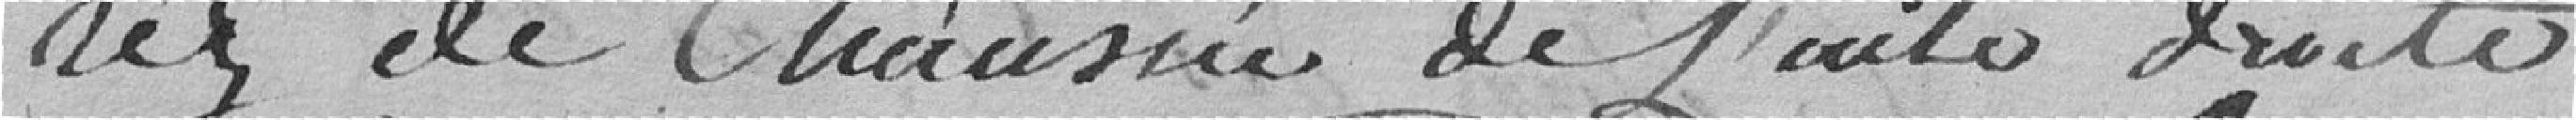
rez de Chaussée de L'aile droite